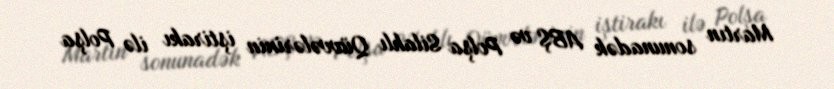
Martın sonunadək ABŞ və Polşa Silahlı Qüvvələrinin iştirakı ilə Polşa